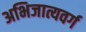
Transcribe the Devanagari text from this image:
अभिजात्यवर्ग